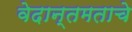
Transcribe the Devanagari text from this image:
वेदान्तमताचे